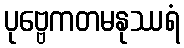
ပုဗ္ဗေကတမနုဿရံ